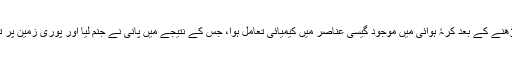
لاوے اور ہوا کے درمیان ٹھوس تہہ کے چڑھنے کے بعد کرّۂ ہوائی میں موجود گیسی عناصر میں کیمیائی تعامُل ہوا، جس کے نتیجے میں پانی نے جنم لیا اور پوری زمین پر تاریخ کی طوِیل ترین مُوسلادھار بارش ہوئی۔